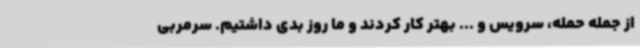
از جمله حمله، سرویس و ... بهتر کار کردند و ما روز بدی داشتیم. سرمربی